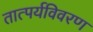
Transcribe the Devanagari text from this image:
तात्पर्यविवरण